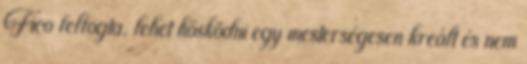
Fico felfogta, lehet hősködni egy mesterségesen kreált és nem